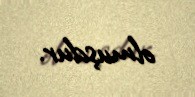
olmuşdur.